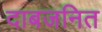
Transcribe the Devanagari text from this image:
दाबजनित